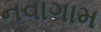
નવાગામ